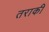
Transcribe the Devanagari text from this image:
तराकी